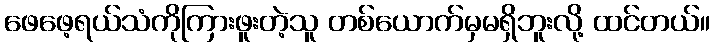
ဖေဖေ့ရယ်သံကိုကြားဖူးတဲ့သူ တစ်ယောက်မှမရှိဘူးလို့ ထင်တယ်။